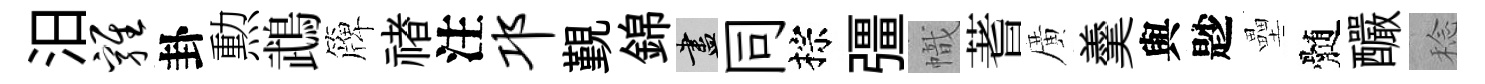
汨鸡卦勲鵡簰禇注邛覲錦盡同棕彊幟蓍廣羹與尟壘髄釅稔